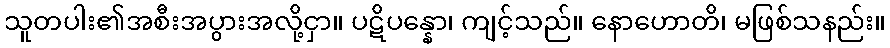
သူတပါး၏အစီးအပွားအလို့ငှာ။ ပဋိပန္နော၊ ကျင့်သည်။ နောဟောတိ၊ မဖြစ်သနည်း။